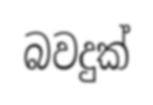
බවදුක්